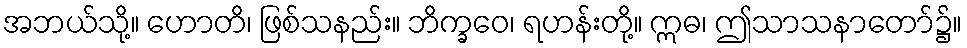
အဘယ်သို့။ ဟောတိ၊ ဖြစ်သနည်း။ ဘိက္ခဝေ၊ ရဟန်းတို့။ ဣဓ၊ ဤသာသနာတော်၌။